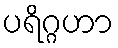
ပရိဂ္ဂဟာ